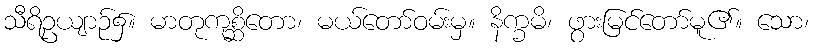
သီရိဥယျာဉ်၌။ မာတုကုစ္ဆိတော၊ မယ်တော်ဝမ်းမှ။ နိက္ခမိ၊ ဖွားမြင်တော်မူ၏။ သော၊